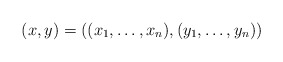
\begin{align*}(x,y)=((x_1,\dots,x_n),(y_1,\dots,y_n))\end{align*}